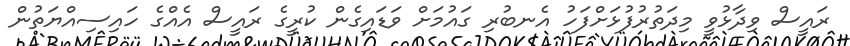
ރައީސް ވިދާޅުވީ މިދަތުރުފުޅަށްފަހު އެނބުރި ގައުމަށް ވަޑައިގެން ކުރީގެ ރައީސް އެއްގެ ހައިސިއްޔަތުން